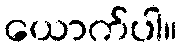
ယောက်ပါ။